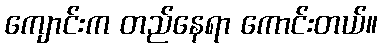
ကျောင်းက တည်နေရာ ကောင်းတယ်။